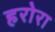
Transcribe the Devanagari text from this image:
हरोरा